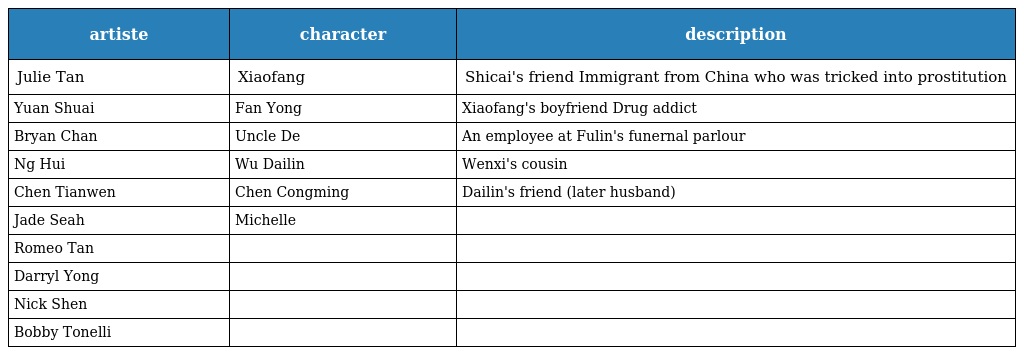
| artiste | character | description |
 | --- | --- | --- |
 | Julie Tan | Xiaofang 小芳 | Shicai's friend Immigrant from China who was tricked into prostitution |
 | Yuan Shuai | Fan Yong 范勇 | Xiaofang's boyfriend Drug addict |
 | Bryan Chan | Uncle De 德叔 | An employee at Fulin's funernal parlour |
 | Ng Hui | Wu Dailin 吴黛琳 | Wenxi's cousin |
 | Chen Tianwen | Chen Congming 陈聪明 | Dailin's friend (later husband) |
 | Jade Seah | Michelle |  |
 | Romeo Tan |  |  |
 | Darryl Yong |  |  |
 | Nick Shen |  |  |
 | Bobby Tonelli |  |  |